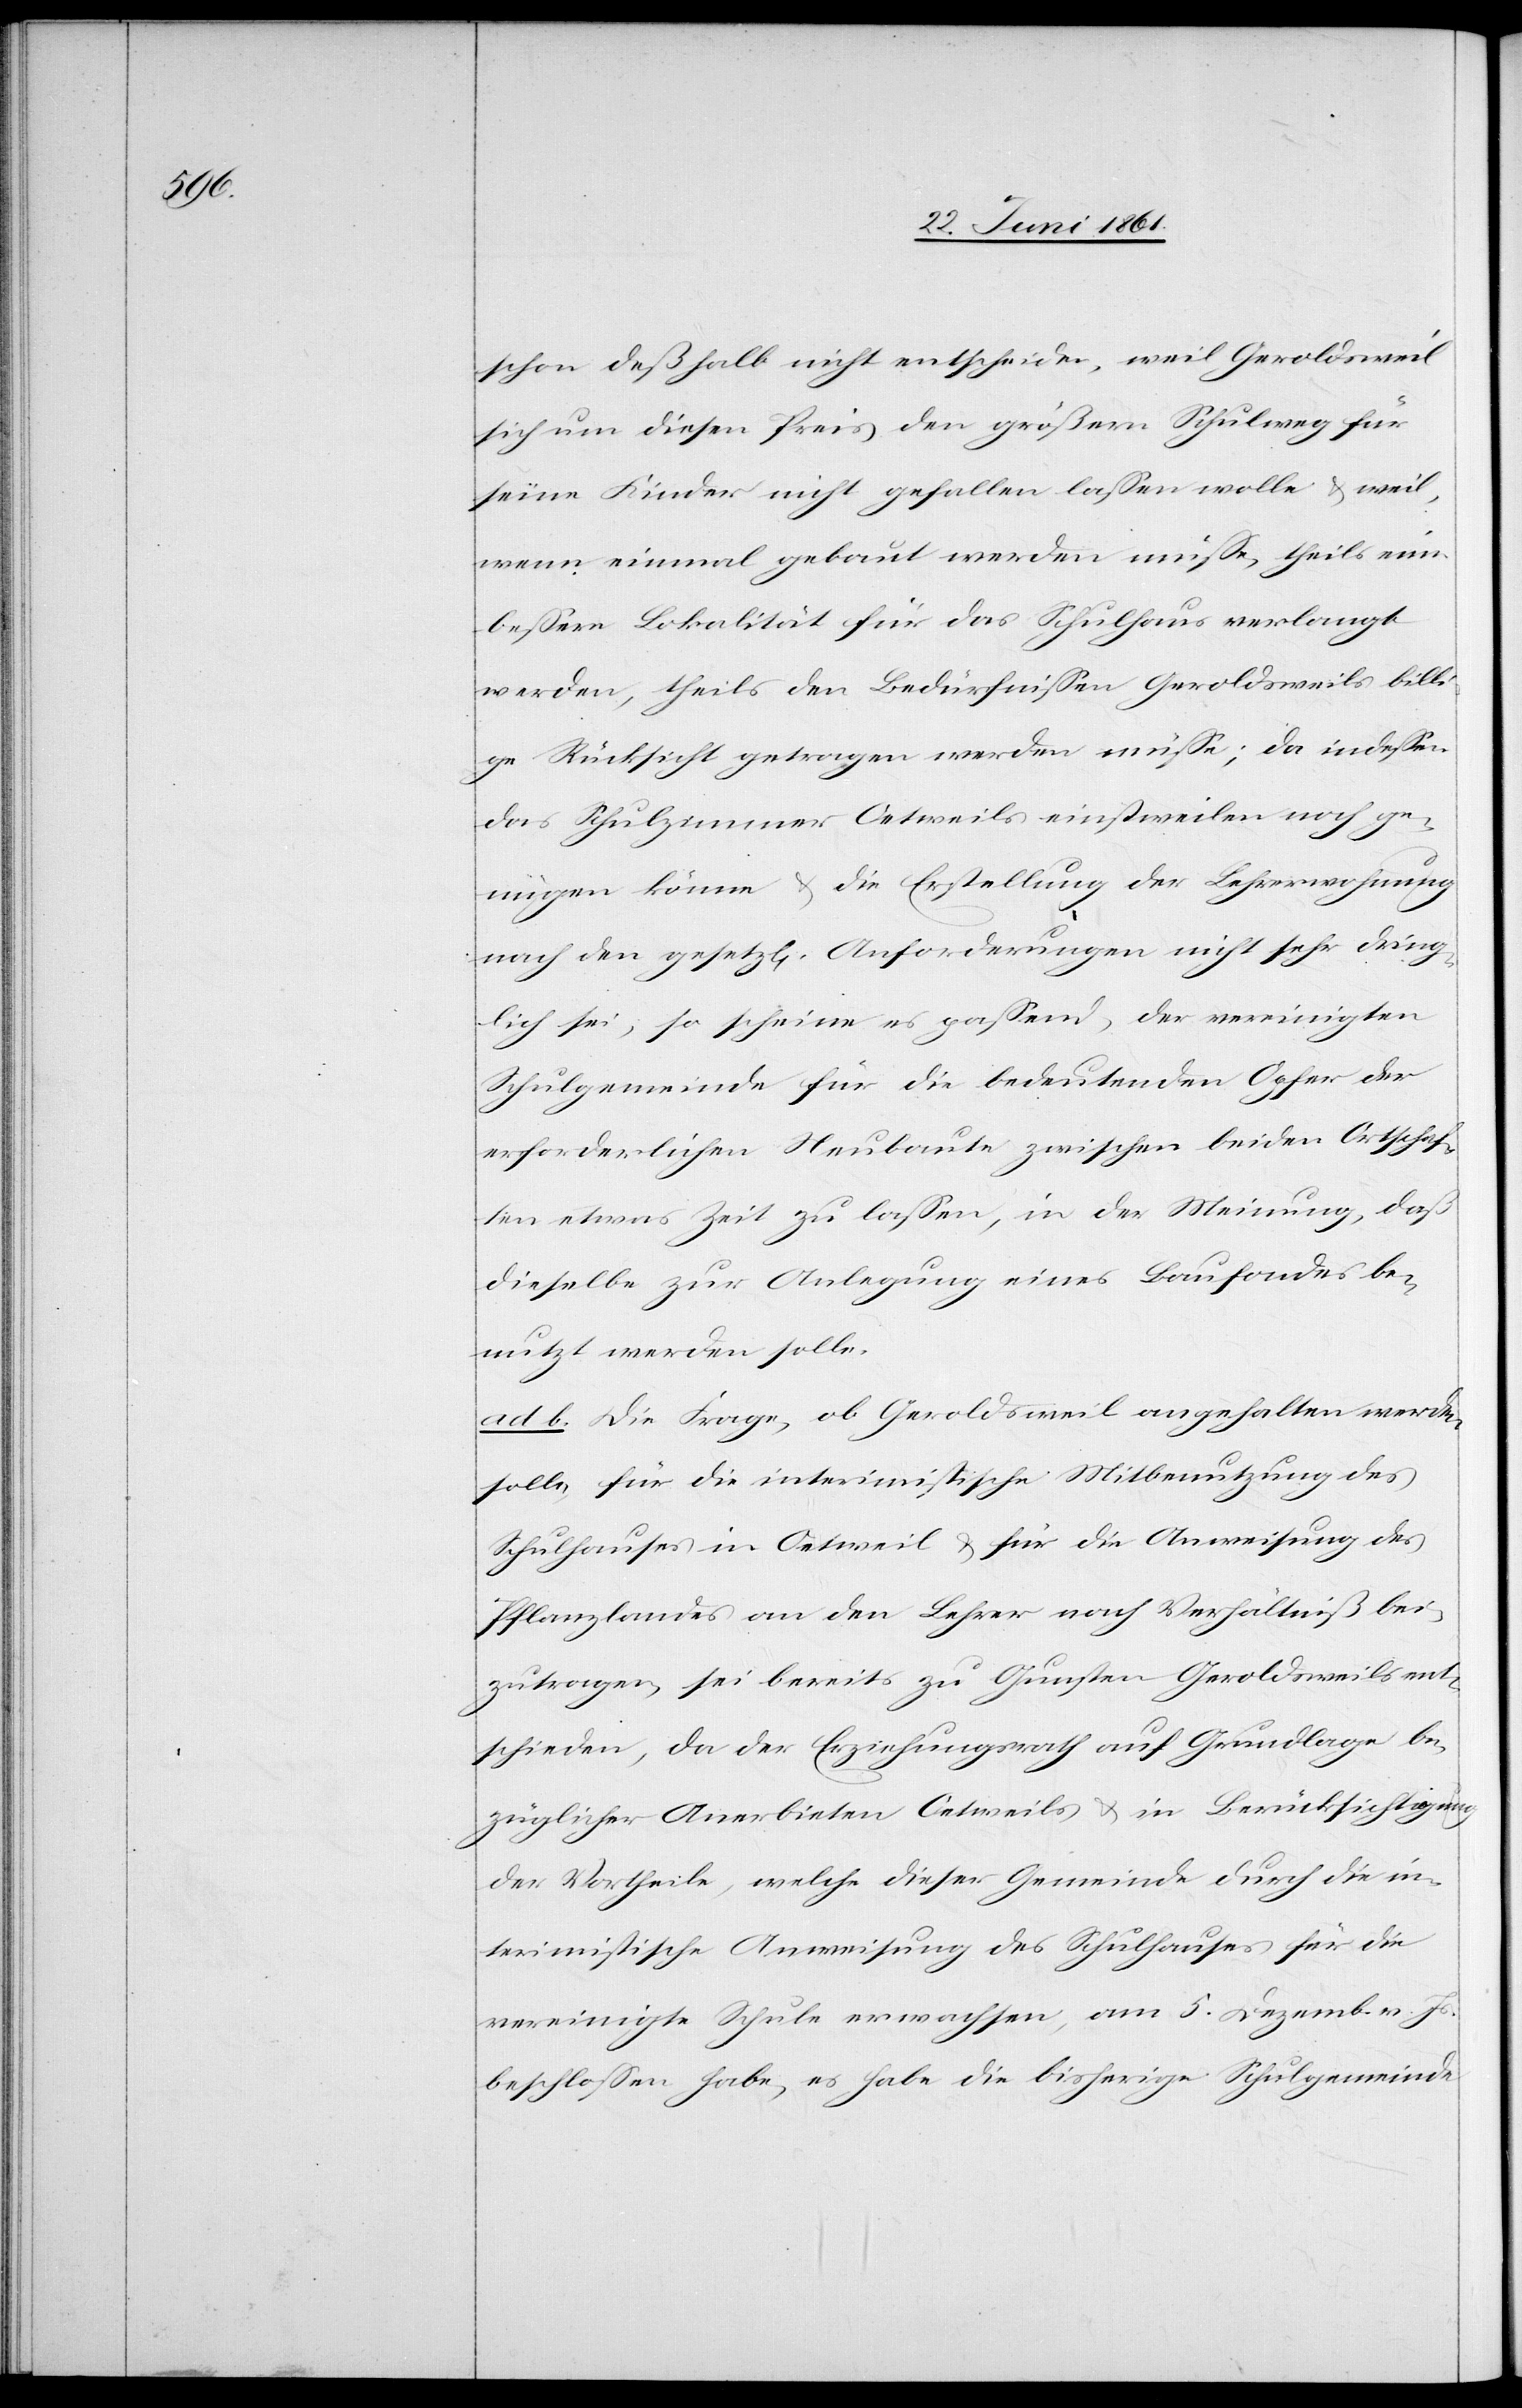
schon deßhalb nicht entscheiden, weil Geroldsweil
sich um diesen Preis den größern Schulweg für
seine Kinder nicht gefallen lassen wolle, u. weil,
wenn einmal gebaut werden müsse, theils eine
bessere Lokalität für das Schulhaus verlangt
werden, theils den Bedürfnissen Geroldsweils billi¬
ge Rücksicht getragen werden müsse; da indessen
das Schulzimmer Oetweils einstweilen noch ge¬
nügen könne u. die Erstellung der Lehrerwohnung
nach den gesetz[lichen] Anforderungen nicht sehr dring¬
lich sei, so scheine es passend, der vereinigten
Schulgemeinde für die bedeutenden Opfer der
erforderlichen Neubaute zwischen beiden Ortschaf¬
ten etwas Zeit zu lassen, in der Meinung, daß
dieselbe zu Anlegung eines Baufondes be¬
nutzt werden solle.
ad b. Die Frage, ob Geroldsweil angehalten werden
solle, für die interimistische Mitbenutzung des
Schulhauses in Oetweil u. für die Anweisung des
Pflanzlandes an den Lehrer nach Verhältniß bei¬
zutragen, sei bereits zu Gunsten Geroldsweils ent¬
schieden, da der Erziehungsrath auf Grundlage be¬
züglicher Anerbieten Oetweils u. in Berücksichtigung
der Vortheile, welche dieser Gemeinde durch die in¬
terimistische Anweisung des Schulhauses für die
vereinigte Schule erwachsen, am 5. Dezember v. Js.
beschlossen, habe, es habe die bisherige Schulgemeinde